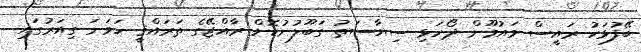
ބޭފުޅަކު ރައީސް މައުމޫން ދޯހަޅި ސިޔާސަތު ގަބޫލުނުކޮށް ރާއްޖޭގެ ތަރައްޤީ ހަވަނަ ގިއަރުގައި